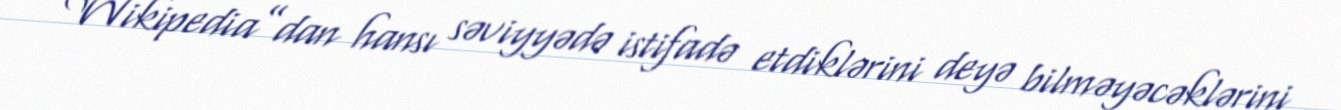
“Wikipedia”dan hansı səviyyədə istifadə etdiklərini deyə bilməyəcəklərini